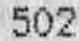
502